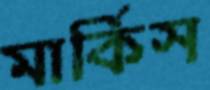
মার্কিস